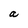
Character: a